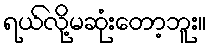
ရယ်လို့မဆုံးတော့ဘူး။